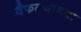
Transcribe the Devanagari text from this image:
वैफल्याच्या